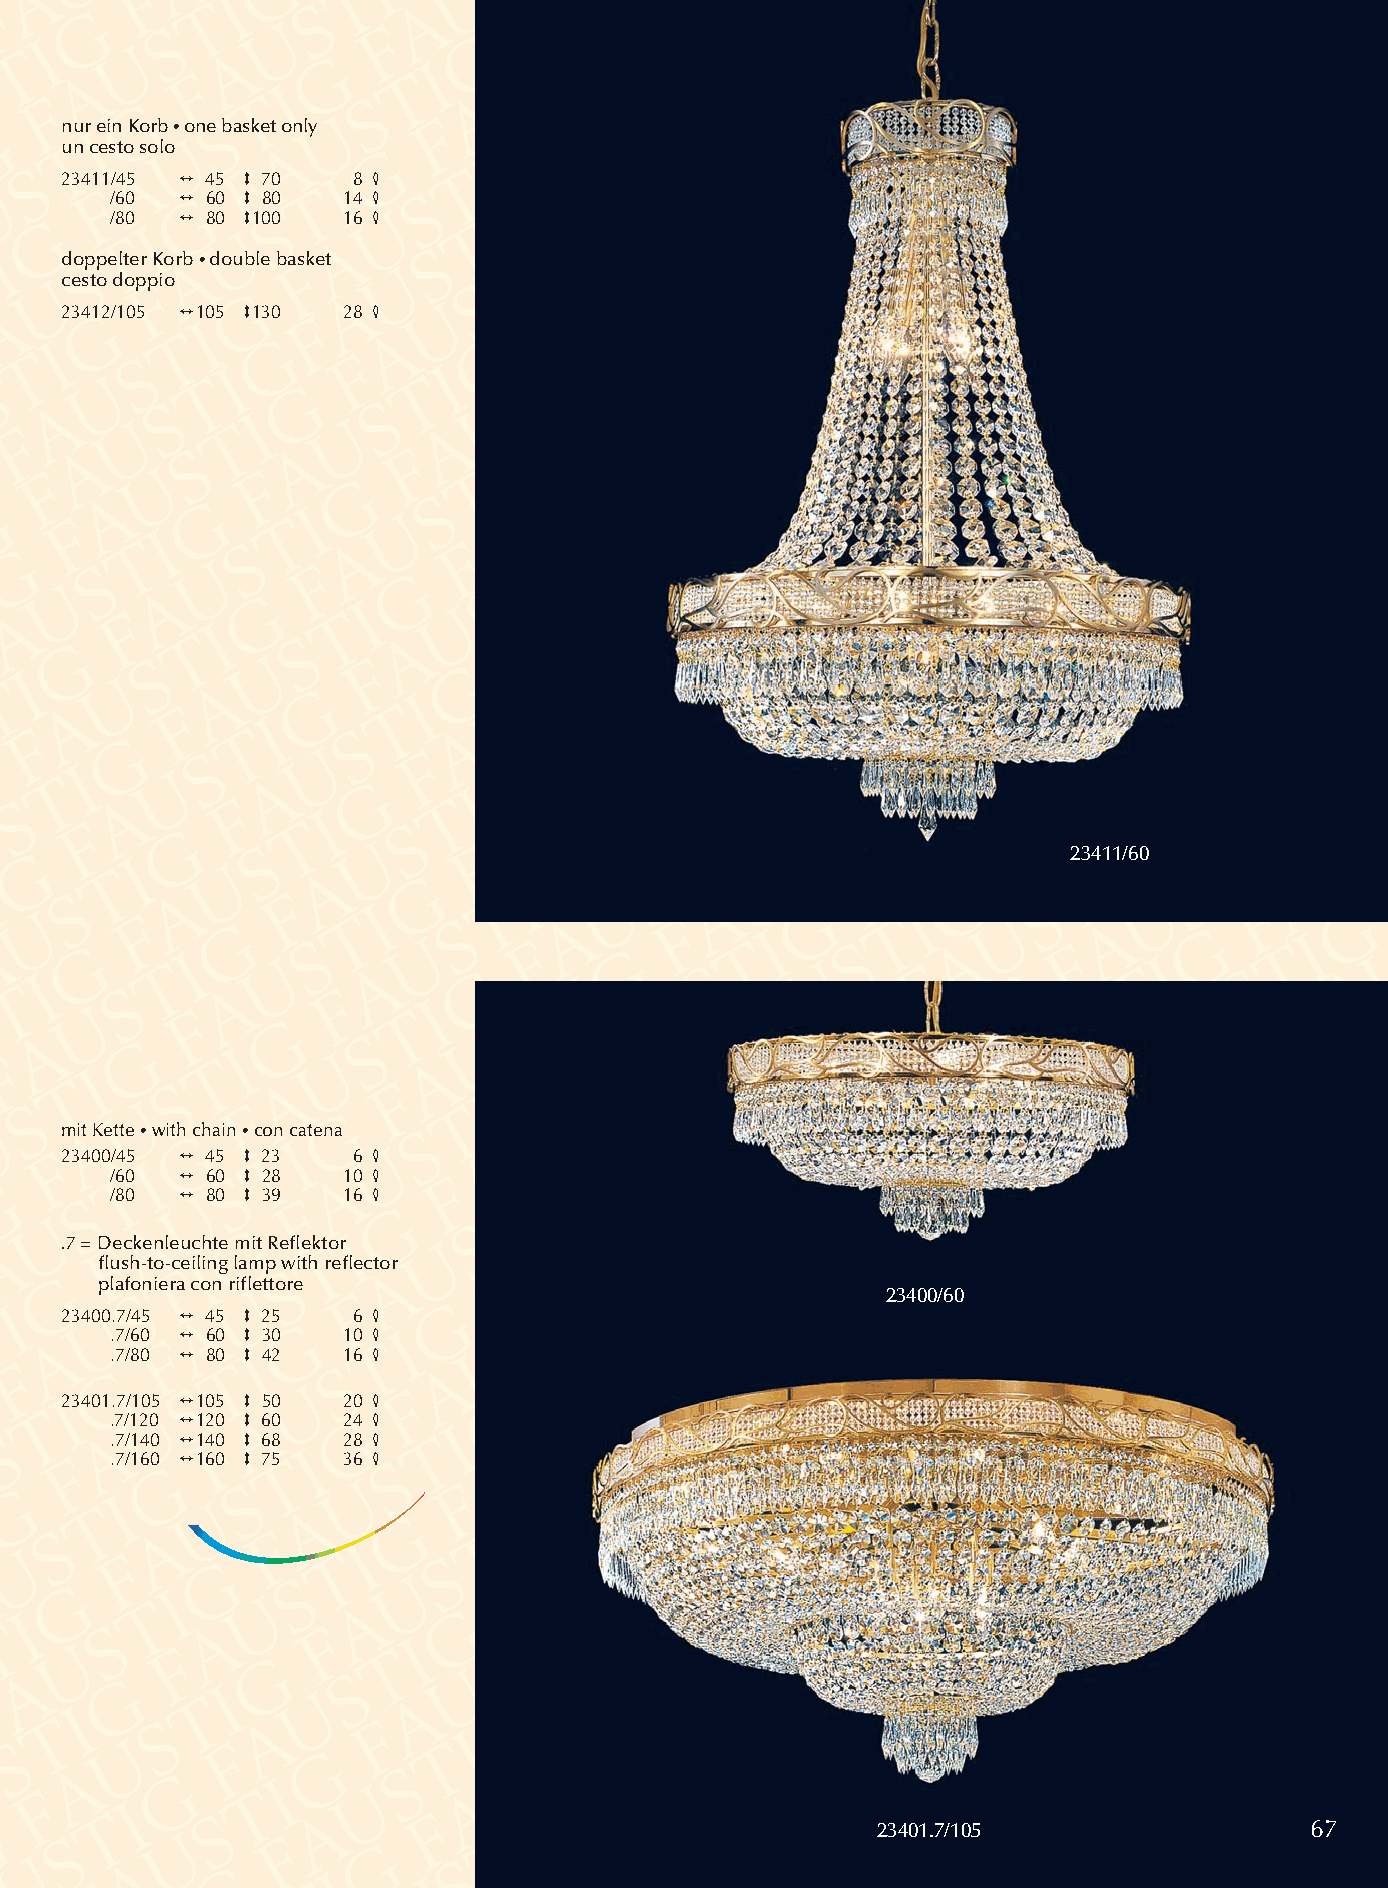
nur ein Korb •one basket only
 un cestosolo
 23411/45 2 45 3 70 8 4
 /60  2 60 3 80  14 4
 /80  2 80 3100  16 4
 doppelter Korb •double basket
 cesto doppio
 23412/105 2105 3130 28 4
 23411/60
 mit Kette •with chain •con catena
 23400/45 2 45 3 23 6 4
 /60  2 60 3 28  10 4
 /80  2 80 3 39  16 4
 .7 =Deckenleuchte mit Reflektor
 flush-to-ceiling lamp with reflector
 plafoniera con riflettore
 23400/60
 23400.7/45 2 45 3 25 6 4
 .7/60 2 60 3 30 10 4
 .7/80 2 80 3 42 16 4
 23401.7/105 2105 3 50 20 4
 .7/120 2120 3 60 24 4
 .7/140 2140 3 68 28 4
 .7/160 2160 3 75 36 4
 23401.7/105                  67